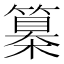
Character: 𥴌